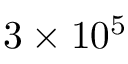
3 \times 1 0 ^ { 5 }